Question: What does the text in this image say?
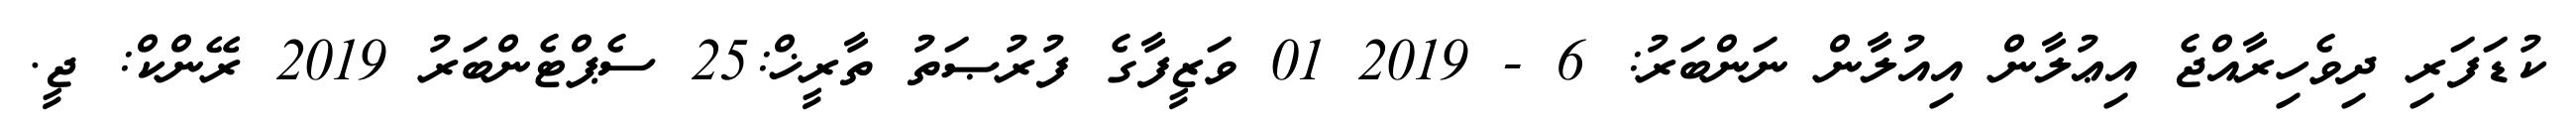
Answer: ކުޑަފަރި ދިވެހިރާއްޖެ އިޢުލާން އިއުލާން ނަންބަރު: 6 - 2019 01 ވަޒީފާގެ ފުރުޞަތު ތާރީޚް:25 ސެޕްޓެންބަރު 2019 ރޭންކް: ޖީ.